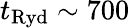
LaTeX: t_{\mathrm{Ryd}}\sim 700